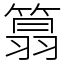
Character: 䈳